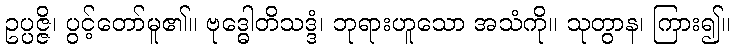
ဥပ္ပဇ္ဇိ၊ ပွင့်တော်မူ၏။ ဗုဒ္ဓေါတိသဒ္ဒံ၊ ဘုရားဟူသော အသံကို။ သုတွာန၊ ကြား၍။